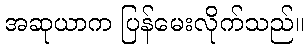
အဆုယာက ပြန်မေးလိုက်သည်။